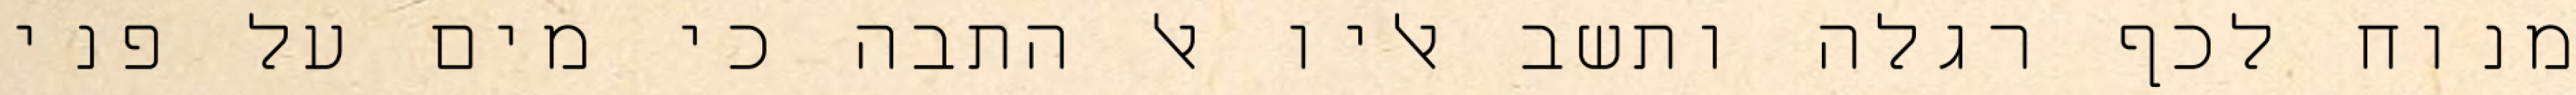
מנוח לכף רגלה ותשב אליו אל התבה כי מים על פני